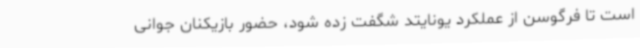
است تا فرگوسن از عملکرد یونایتد شگفت زده شود، حضور بازیکنان جوانی